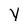
Character: Y